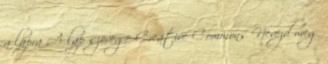
a lapra A lap szövege Creative Commons Nevezd meg